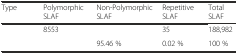
<table><thead><tr><td><b>Type</b></td><td><b>Polymorphic SLAF</b></td><td><b>Non-Polymorphic SLAF</b></td><td><b>Repetitive SLAF</b></td><td><b>Total SLAF</b></td></tr></thead><tbody><tr><td>[EMPTY_CELL]</td><td>8553</td><td>[EMPTY_CELL]</td><td>35</td><td>188,982</td></tr><tr><td>[EMPTY_CELL]</td><td>[EMPTY_CELL]</td><td>95.46 %</td><td>0.02 %</td><td>100 %</td></tr></tbody></table>